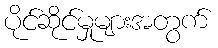
ပိုင်ဆိုင်မှုများအတွက်